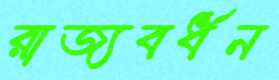
রাজ্যবর্ধন